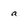
Character: a